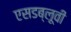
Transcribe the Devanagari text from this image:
एसडब्लूवी